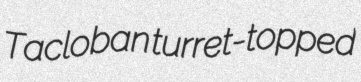
Tacloban turret-topped